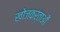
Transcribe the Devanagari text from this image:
खोजकर्ताओँ